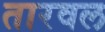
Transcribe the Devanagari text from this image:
तारवल